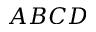
A B C D